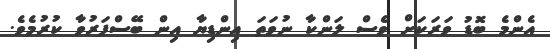
އެންމެ ބޮޑު ވަރަކަށް ވެސް ލަންކާ ނުވަތަ އިންޑިޔާ އިން ބޭސްފަރުވާ ކުުރުމެވެ.